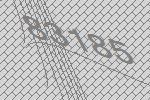
83185